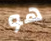
هو